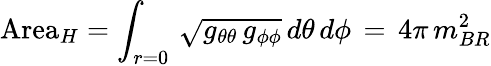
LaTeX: \mathrm{Area}_{H}=\int_{r=0}\, \sqrt{g_{\theta\theta}\, g_{\phi\phi}}\, d\theta\, d\phi\, =\, 4\pi\, m_{BR}^{2}